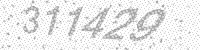
Solution: 311429